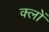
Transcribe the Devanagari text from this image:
क्लों